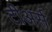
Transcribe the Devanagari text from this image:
टीअर्स